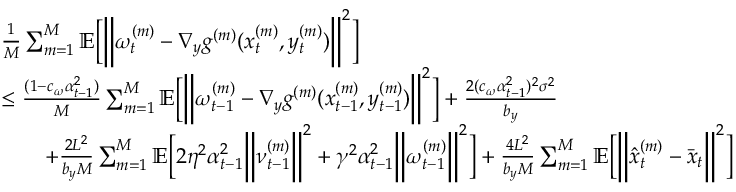
\begin{array} { r l } & { \frac { 1 } { M } \sum _ { m = 1 } ^ { M } \mathbb { E } \bigg [ \bigg \| \omega _ { t } ^ { ( m ) } - \nabla _ { y } g ^ { ( m ) } ( x _ { t } ^ { ( m ) } , y _ { t } ^ { ( m ) } ) \bigg \| ^ { 2 } \bigg ] } \\ & { \leq \frac { ( 1 - c _ { \omega } \alpha _ { t - 1 } ^ { 2 } ) } { M } \sum _ { m = 1 } ^ { M } \mathbb { E } \bigg [ \bigg \| \omega _ { t - 1 } ^ { ( m ) } - \nabla _ { y } g ^ { ( m ) } ( x _ { t - 1 } ^ { ( m ) } , y _ { t - 1 } ^ { ( m ) } ) \bigg \| ^ { 2 } \bigg ] + \frac { 2 ( c _ { \omega } \alpha _ { t - 1 } ^ { 2 } ) ^ { 2 } \sigma ^ { 2 } } { b _ { y } } } \\ & { \qquad + \frac { 2 L ^ { 2 } } { b _ { y } M } \sum _ { m = 1 } ^ { M } \mathbb { E } \bigg [ 2 \eta ^ { 2 } \alpha _ { t - 1 } ^ { 2 } \bigg \| \nu _ { t - 1 } ^ { ( m ) } \bigg \| ^ { 2 } + \gamma ^ { 2 } \alpha _ { t - 1 } ^ { 2 } \bigg \| \omega _ { t - 1 } ^ { ( m ) } \bigg \| ^ { 2 } \bigg ] + \frac { 4 L ^ { 2 } } { b _ { y } M } \sum _ { m = 1 } ^ { M } \mathbb { E } \bigg [ \bigg \| \hat { x } _ { t } ^ { ( m ) } - \bar { x } _ { t } \bigg \| ^ { 2 } \bigg ] } \end{array}